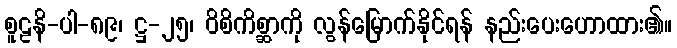
စူဠနိ-ပါ-၈၉၊ ဋ္ဌ-၂၅၊ ဝိစိကိစ္ဆာကို လွန်မြောက်နိုင်ရန် နည်းပေးဟောထား၏။